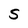
Character: S